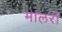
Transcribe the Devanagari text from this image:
मालरॉ